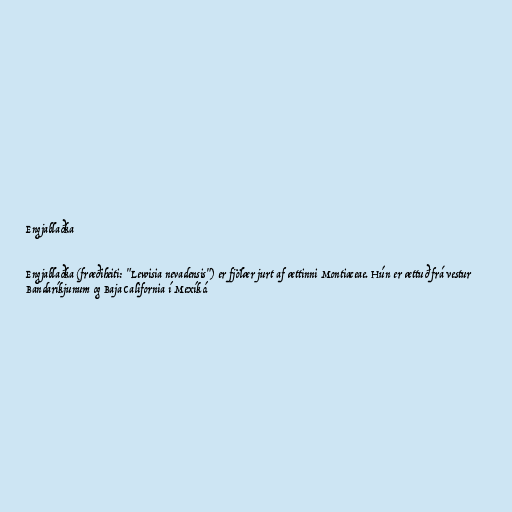
Engjablaðka

Engjablaðka (fræðiheiti: "Lewisia nevadensis") er fjölær jurt af ættinni Montiaceae. Hún er ættuð frá vestur
Bandaríkjunum og Baja California í Mexíkó.